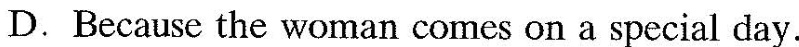
D.Because the woman comes on a special day.